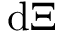
\mathrm { d } \Xi